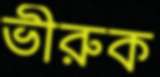
ভীরুক